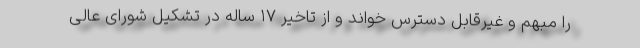
را مبهم و غیرقابل دسترس خواند و از تاخیر ۱۷ ساله در تشکیل شورای عالی